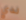
لدي